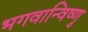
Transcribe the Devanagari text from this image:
भगवान्विष्णु